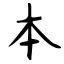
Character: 本